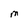
Character: M